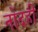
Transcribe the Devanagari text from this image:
नोंदही